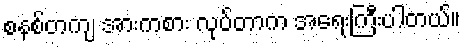
စနစ်တကျ အားကစား လုပ်တာက အရေးကြီးပါတယ်။